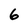
Character: 6